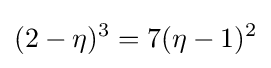
(2-\eta )^{3}=7(\eta -1)^{2}